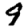
Digit: 9